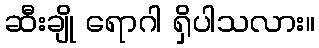
ဆီးချို ရောဂါ ရှိပါသလား။